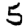
Digit: 5